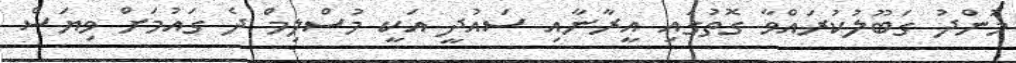
މުންދު ގަބޫލުކުރައްވާ ގޮޮތުގައި އީރާނާއި ސައުދީ އަކީ މުސްލިމް ދެ ގައުމަށް ވިޔަސް